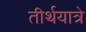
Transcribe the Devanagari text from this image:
तीर्थयात्रे